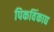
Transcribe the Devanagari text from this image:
पिकविंकाद्य